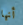
أنها